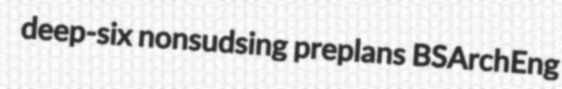
deep-six nonsudsing preplans BSArchEng